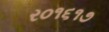
ર૦૧૬૧૭